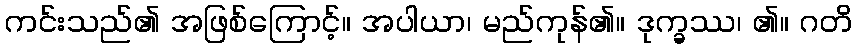
ကင်းသည်၏ အဖြစ်ကြောင့်။ အပါယာ၊ မည်ကုန်၏။ ဒုက္ခဿ၊ ၏။ ဂတိ